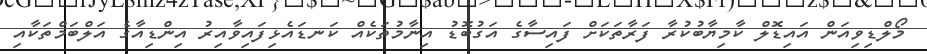
މޯލްޑިވިއަން އައިޑޮލް ކާމިޔާބުކުރާ ފަރާތަކަށް ފައިސާގެ އަގުބޮޑު އިނާމުތަކެއް ކަނޑައެޅިފައިވާއިރު އިންޑިއާގެ އަލްބަމްތަކާއި